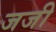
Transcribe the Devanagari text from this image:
जजी